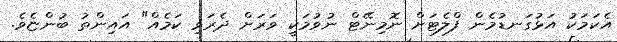
އެކަމަކު އަޅުގަނޑުމެން ފްލެޓަށް ނޮމިނޭޓް ނުވުމަކީ ވަރަށް ދެރަވި ކަމެއް" އައިންތު ބުންޏެވެ.